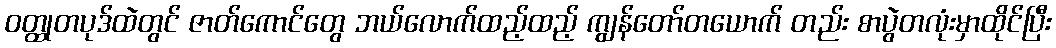
ဝတ္ထုတပုဒ်ထဲတွင် ဇာတ်ကောင်တွေ ဘယ်လောက်ထည့်ထည့် ကျွန်တော်တယောက် တည်း စာပွဲတလုံးမှာထိုင်ပြီး